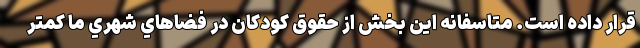
قرار داده است. متاسفانه اين بخش از حقوق كودكان در فضاهاي شهري ما كمتر